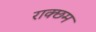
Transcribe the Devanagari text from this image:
राक्छम